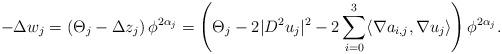
LaTeX: \begin{align*} -\Delta w_j = \left(\Theta_j -\Delta z_j\right)\phi^{2 \alpha_j} =\left(\Theta_j -2|D^2 u_j|^2-2 \sum^3_{i=0} \langle \nabla a_{i,j}, \nabla u_j\rangle \right)\phi^{2 \alpha_j}. \end{align*}